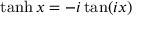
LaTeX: \operatorname { t a n h } x = - i \tan ( i x )